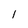
Character: 1